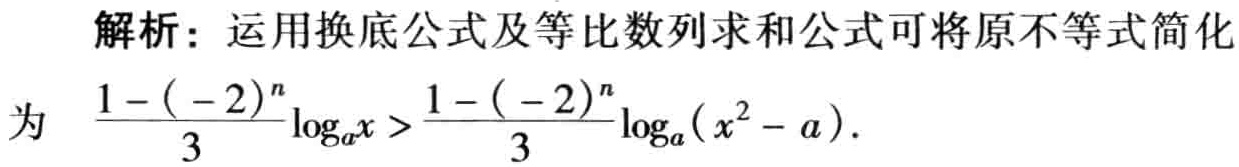
解析：运用换底公式及等比数列求和公式可将原不等式简化
为 \(\frac{1 - (-2)^{n}}{3}\log_{a}x > \frac{1 - (-2)^{n}}{3}\log_{a}(x^{2} - a)\).